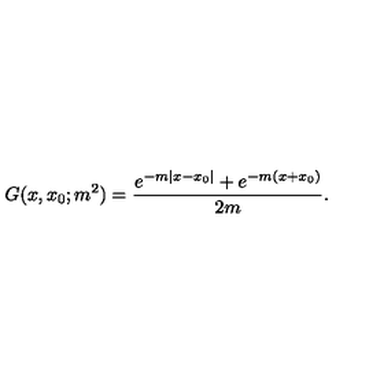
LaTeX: G ( x , x _ { 0 } ; m ^ { 2 } ) = \frac { e ^ { - m | x - x _ { 0 } | } + e ^ { - m ( x + x _ { 0 } ) } } { 2 m } .